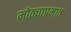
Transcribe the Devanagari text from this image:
मोठ्याप्रमात